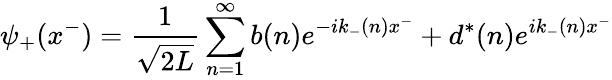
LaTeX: \psi_{+}(x^{-})={\frac{1}{\sqrt{2L}}}\sum_{n=1}^{\infty}b(n)e^{-ik_{-}(n)x^{-}}+d^{*}(n)e^{ik_{-}(n)x^{-}}